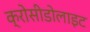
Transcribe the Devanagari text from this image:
क्रोसीडोलाइट